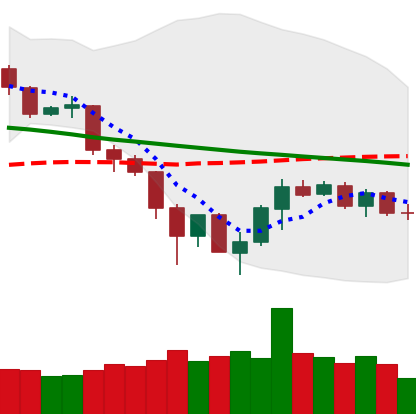
Ticker: TRX-USD
Chart end date: 2019-12-03
Forward return: -3.259%
Label: down_3_5